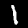
Digit: 1